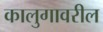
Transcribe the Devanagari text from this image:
कालुगावरील